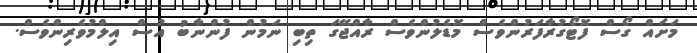
މަށައް ގޯސް ފޮޓޯގުރާފަރުންވެސް މޮޑެލުންވެސް ރާއްޖޭގަ ތިބި ނަމުން ފުންނާބު އުސް އިލްމުވެރިންވެސް.